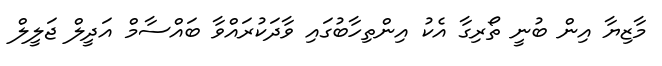
މާޒިޔާ އިން ބުނީ ތޯރިގާ އެކު އިންތިހާބުގައި ވާދަކުރައްވާ ބައްސާމް އަދީލް ޖަލީލް